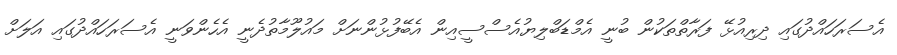
އެސަރަހައްދުގައި ދިރިއުޅޭ ފަރާތްތަކުން ބުނީ އެމްޑަބްލިޔުއެސްސީއިން އެބޭފުޅުންނަށް މައުލޫމާތުދެނީ އެހެންވަނީ އެސަރަހައްދުގައި އަލަށް